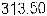
313.50